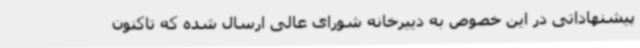
پیشنهاداتی در این خصوص به دییرخانه شورای عالی ارسال شده که تاکنون